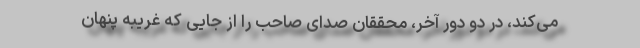
می‌کند، در دو دور آخر، محققان صدای صاحب را از جایی که غریبه پنهان